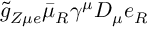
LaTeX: \tilde { g } _ { Z \mu e } \bar { \mu } _ { R } \gamma ^ { \mu } D _ { \mu } e _ { R }